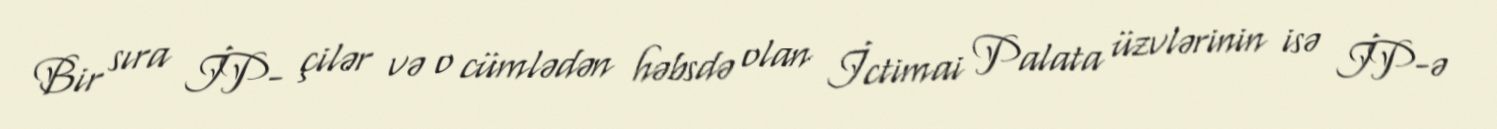
Bir sıra İP- çilər və o cümlədən həbsdə olan İctimai Palata üzvlərinin isə İP-ə